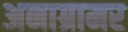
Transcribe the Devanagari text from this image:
अनाग्रामर